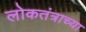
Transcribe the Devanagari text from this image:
लोकतंत्राच्या